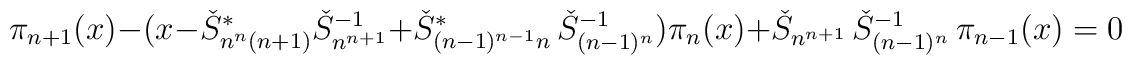
\pi_{n+1}(x) - (x - \check S_{n^n(n+1)}^* \check S_{n^{n+1}}^{-1}+ \check S_{(n-1)^{n-1}n}^*\, \check S_{(n-1)^n}^{-1}) \pi_n(x)+\check S_{n^{n+1}}\,\check S_{(n-1)^n}^{-1} \, \pi_{n-1}(x) = 0